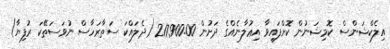
އިލެކްޝަންސް ކޮމިޝަނުން ކޮށްފައިވާ އިޢުލާނެއްގެ ދަށުން 217